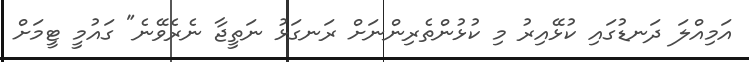
އަމިއްލަ ދަނޑުގައި ކުޅޭއިރު މި ކުޅުންތެރިންނަށް ރަނގަޅު ނަތީޖާ ނެރެވޭނެ" ގައުމީ ޓީމަށް